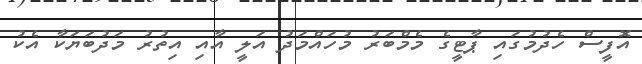
އޮފީސް ހެދުމުގައި ޕާޓީގެ މެމްބަރު މުހައްމަދު އަލީ އާއި އިތުރު މަދުބަޔަކާ އެކު